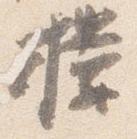
楼